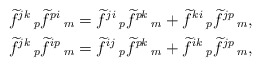
\begin{align*}& \widetilde{f}^{jk}\,_{p}\widetilde{f}^{pi}\,_{m}=\widetilde{f}^{ji}\,_{p}\widetilde{f}^{pk}\,_{m}+\widetilde{f}^{ki}\,_{p}\widetilde{f}^{jp}\,_{m},\\& \widetilde{f}^{jk}\,_{p}\widetilde{f}^{ip}\,_{m}=\widetilde{f}^{ij}\,_{p}\widetilde{f}^{pk}\,_{m}+\widetilde{f}^{ik}\,_{p}\widetilde{f}^{jp}\,_{m},\end{align*}